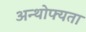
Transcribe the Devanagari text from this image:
अन्थोफ्यता